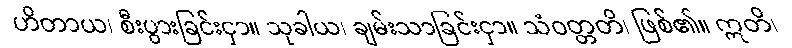
ဟိတာယ၊ စီးပွားခြင်းငှာ။ သုခါယ၊ ချမ်းသာခြင်းငှာ။ သံဝတ္တတိ၊ ဖြစ်၏။ ဣတိ၊